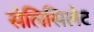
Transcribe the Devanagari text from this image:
सेलिसिलेट